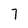
Character: 7